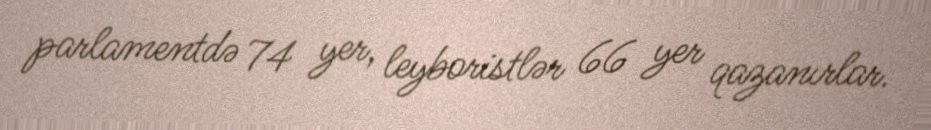
parlamentdə 74 yer, leyboristlər 66 yer qazanırlar.